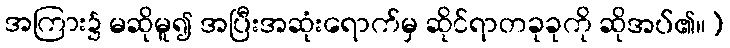
အကြား၌ မဆိုမူ၍ အပြီးအဆုံးရောက်မှ ဆိုင်ရာတခုခုကို ဆိုအပ်၏။)